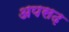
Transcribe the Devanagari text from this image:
अपसढ़